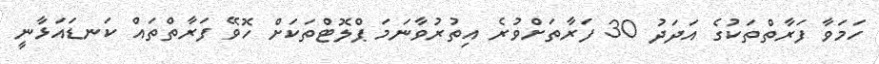
ހަމަވާ ފަރާތްތަކުގެ އަދަދު 30 ފަރާތަށްވުރެ އިތުރުވާނަމަ ޕްލޮޓްތަކަށް ހޮވޭ ފަރާތްތައް ކަނޑައަޅާނީ